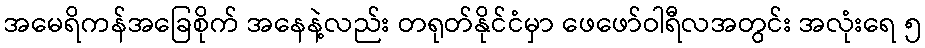
အမေရိကန်အခြေစိုက် အနေနဲ့လည်း တရုတ်နိုင်ငံမှာ ဖေဖော်ဝါရီလအတွင်း အလုံးရေ ၅